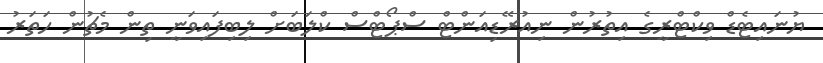
ޔުނައިޓެޑް ވިކްޓްރީގެ އިތުރުން ނިއުރޭޑިއަންޓް ސްޕޯޓްސް ކްލަބަށް ލިބިފައިވަނީ ތިން މެޗުން ހަތަރު